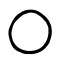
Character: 〇